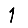
Digit: 1